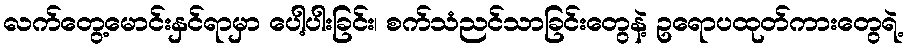
လက်တွေ့မောင်းနှင်ရာမှာ ပေါ့ပါးခြင်း၊ စက်သံညင်သာခြင်းတွေနဲ့ ဥရောပထုတ်ကားတွေရဲ့